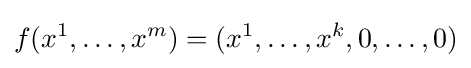
f(x^{1},\ldots ,x^{m})=(x^{1},\ldots ,x^{k},0,\ldots ,0)